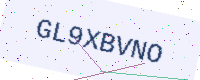
Text: GL9XBVNO